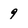
Character: 9